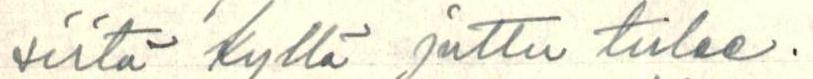
siitä kyllä juttu tulee.